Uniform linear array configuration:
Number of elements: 64
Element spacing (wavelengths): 1
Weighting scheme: binomial
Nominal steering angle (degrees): -45
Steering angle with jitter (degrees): -44.605
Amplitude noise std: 0.05
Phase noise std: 0.05

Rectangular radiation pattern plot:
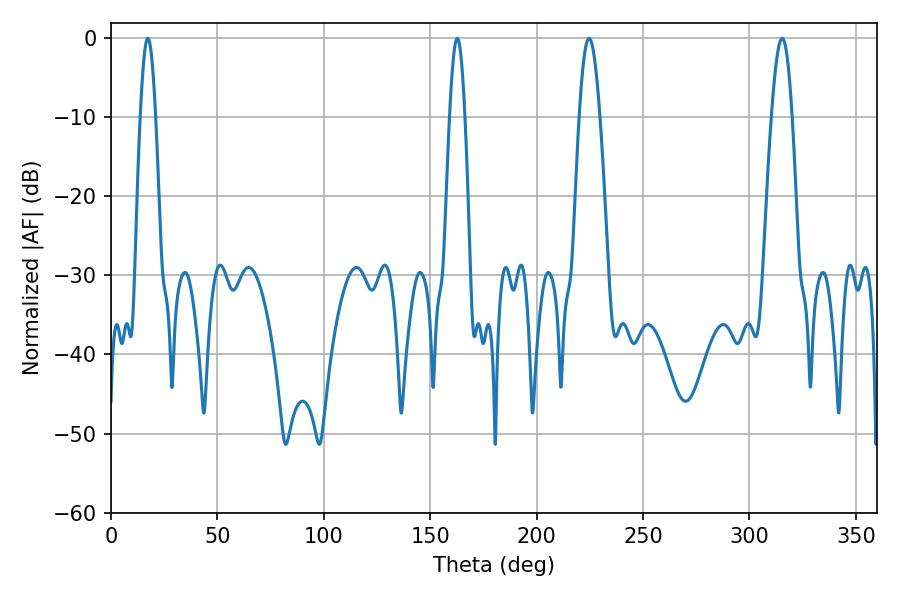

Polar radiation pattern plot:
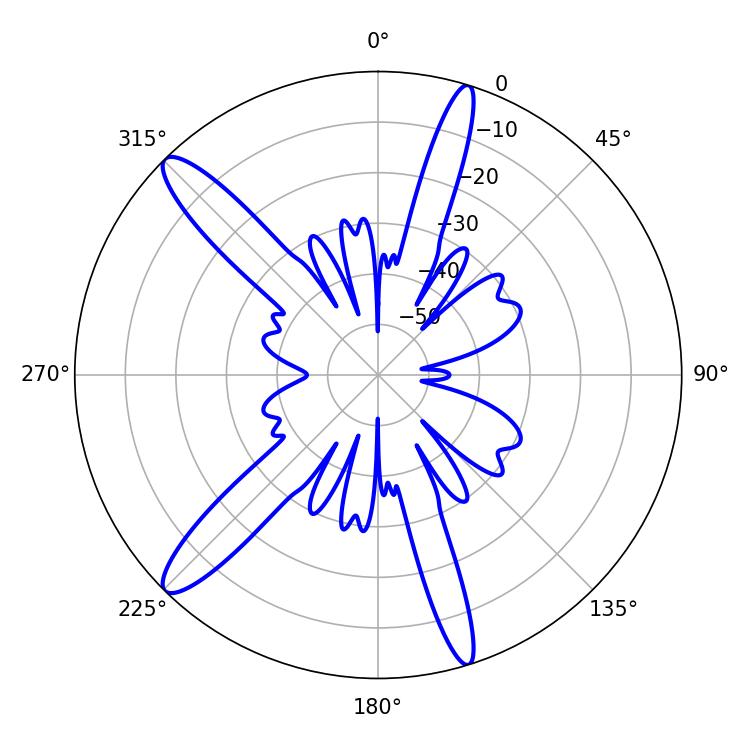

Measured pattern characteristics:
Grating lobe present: TRUE
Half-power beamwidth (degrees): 5.22
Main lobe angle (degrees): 224.64